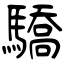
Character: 驕